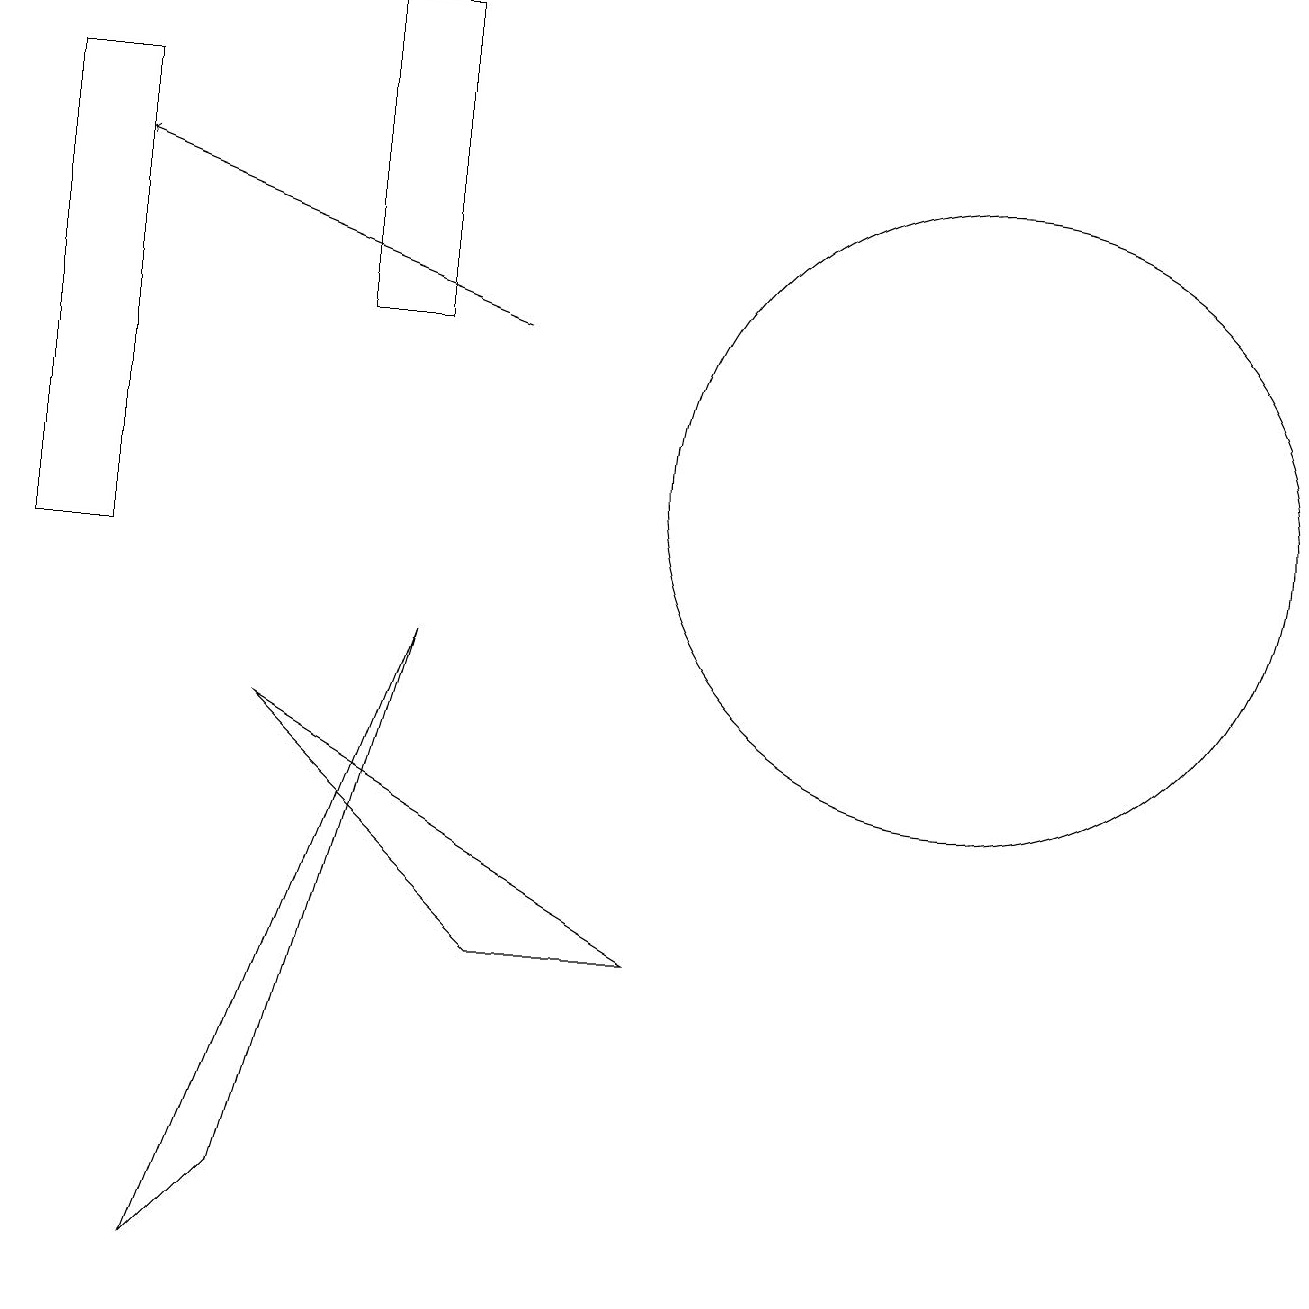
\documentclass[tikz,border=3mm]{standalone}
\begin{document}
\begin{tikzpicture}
\draw (8,5) -- (6,5) -- (3,8) -- cycle;
\draw (5,9) -- (2,1) -- (3,2) -- cycle;
\draw (4,17) rectangle (5,13);
\draw (12,11) circle (4);
\draw[->] (6,13) -- (1,15);
\draw (0,10) rectangle (1,16);
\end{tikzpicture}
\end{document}